Source: Handwritten
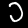
Digit: ၁ (1)